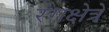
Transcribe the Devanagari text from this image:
रंगक्षेत्रे